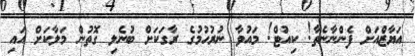
އަޔާޒްއަށް ފެންނާނެތާ! ކިއުޓް! މައުވާ ނުރުހުމުގެ ރާގަކަށް ބުނެލި ގޮތުން މަލާކަށް އައި